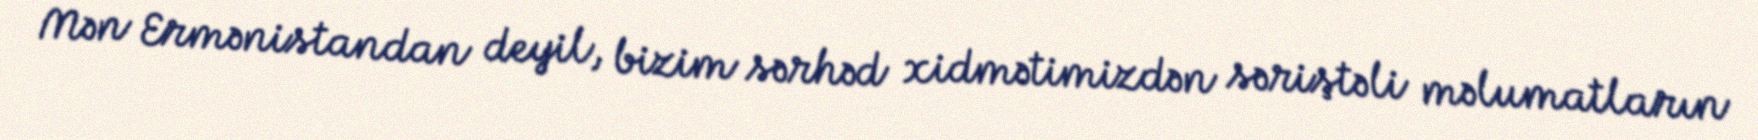
Mən Ermənistandan deyil, bizim sərhəd xidmətimizdən səriştəli məlumatların